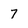
Character: 7